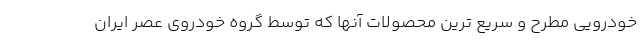
خودرویی مطرح و سریع ترین محصولات آنها که توسط گروه خودروی عصر ایران